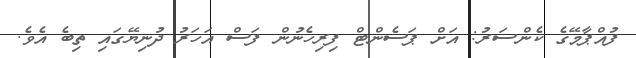
ފުއްޕާމޭގެ ކެންސަރު: އަށް ޕަސެންޓް ފިރިހެނުން ފަސް އަހަރު ދުނިޔޭގައި ތިބެ އެވެ.